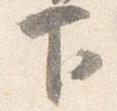
下